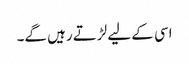
اسی کے لیے لڑتے رہیں گے۔